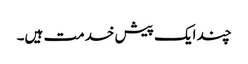
چند ایک پیش خدمت ہیں۔